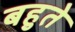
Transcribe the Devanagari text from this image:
बहुते